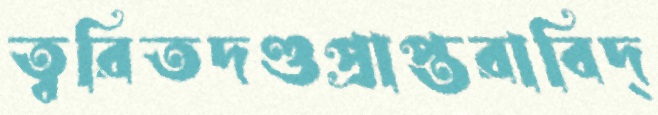
ত্বরিতদণ্ডপ্রাপ্তরাবিদ্